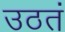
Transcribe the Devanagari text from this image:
उठतं